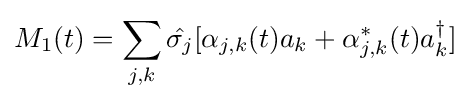
M_{1}(t)=\sum _{j,k}{\hat {\sigma _{j}}}[\alpha _{j,k}(t)a_{k}+\alpha _{j,k}^{*}(t)a_{k}^{\dagger }]